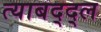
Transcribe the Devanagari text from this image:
त्याबद्द्ल